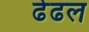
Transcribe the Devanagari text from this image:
ढेढल